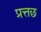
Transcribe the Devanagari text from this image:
प्रत्तछ